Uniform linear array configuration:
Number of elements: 12
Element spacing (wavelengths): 0.75
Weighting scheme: uniform
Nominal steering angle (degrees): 15
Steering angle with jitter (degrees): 14.757
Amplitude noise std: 0.05
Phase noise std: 0.05

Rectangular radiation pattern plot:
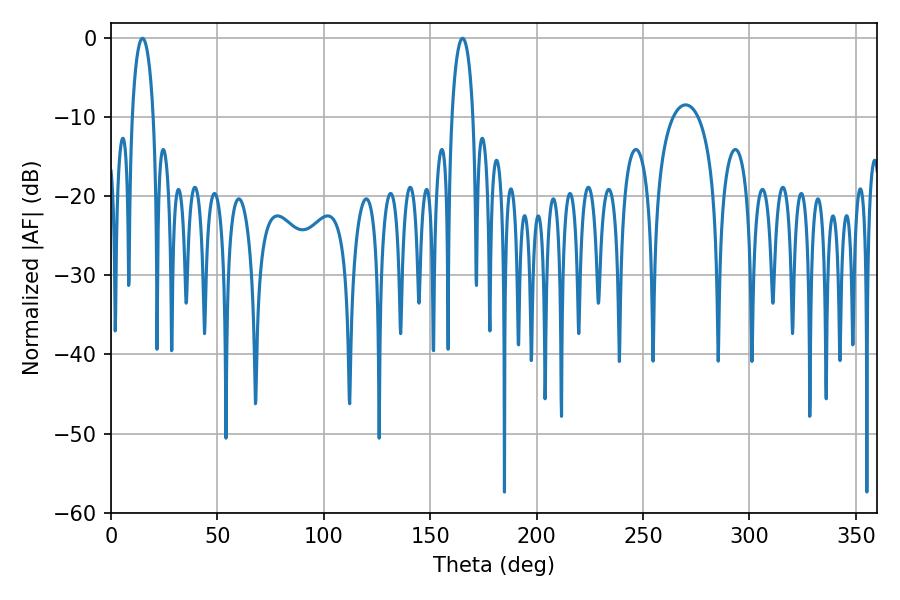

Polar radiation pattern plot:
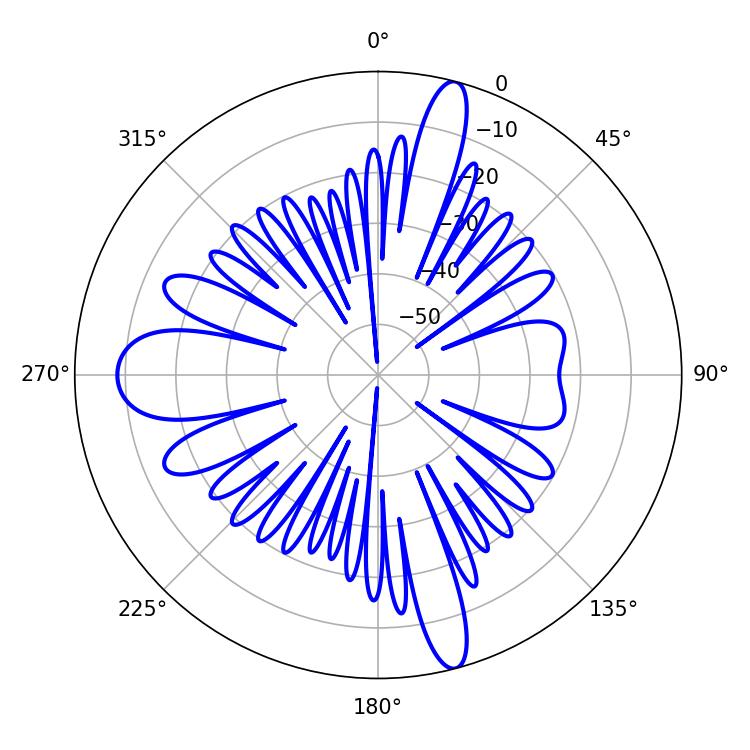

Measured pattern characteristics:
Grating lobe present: TRUE
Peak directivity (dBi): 22.91
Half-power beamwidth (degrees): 5.58
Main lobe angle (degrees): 14.76